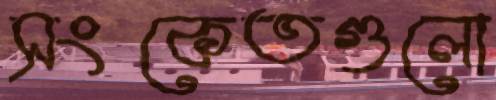
সংকেতগুলো